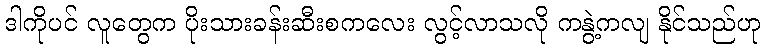
ဒါကိုပင် လူတွေက ပိုးသားခန်းဆီးစကလေး လွင့်လာသလို ကနွဲ့ကလျ နိုင်သည်ဟု